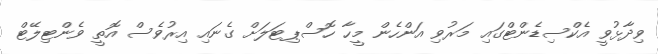
ވިދާޅުވީ އެކްސިޑެންޓްގައި މަރުވި އަންހެން މީހާ ހޮސްޕިޓަލަށް ގެނައި އިރުވެސް އޮތީ ވެންޓިލޭޓް